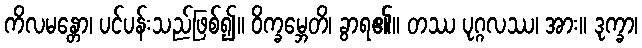
ကိလမန္တော၊ ပင်ပန်းသည်ဖြစ်၍။ ဝိက္ခမ္ဘေတိ၊ ခွာရ၏။ တဿ ပုဂ္ဂလဿ၊ အား။ ဒုက္ခာ၊